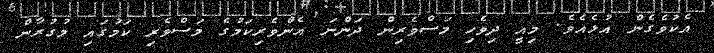
އެކުވެގެން އުޅެއެވެ. މިއީ ދިވެހި މަސްވެރިން ދަންނަ އެންވެރިކަމުގެ މަސްވެރި ކަމުގައި މުގުރާން